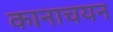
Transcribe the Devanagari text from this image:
कानाचयन